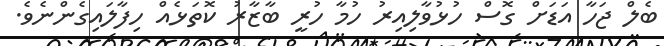
ބެލް ޖަހާ އަޑަށް ގޮސް ހުޅުވާލިއިރު ހުމާ ހުރީ ބާޒާރު ކޮތަޅެއް ހިފާލައިގެންނެވެ.